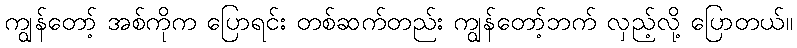
ကျွန်တော့် အစ်ကိုက ပြောရင်း တစ်ဆက်တည်း ကျွန်တော့်ဘက် လှည့်လို့ ပြောတယ်။